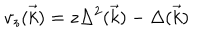
LaTeX: v _ { z } ( \vec { k } ) = z \Delta ^ { 2 } ( \vec { k } ) - \Delta ( \vec { k } )